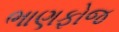
ભાણફોજ